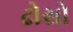
ઢોસો